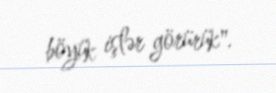
böyük işlər görürük".